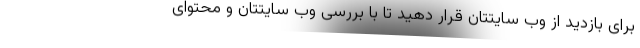
برای بازدید از وب سایتتان قرار دهید تا با بررسی وب سایتتان و محتوای